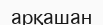
арқашан